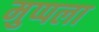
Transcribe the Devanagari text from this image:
मुप्पला